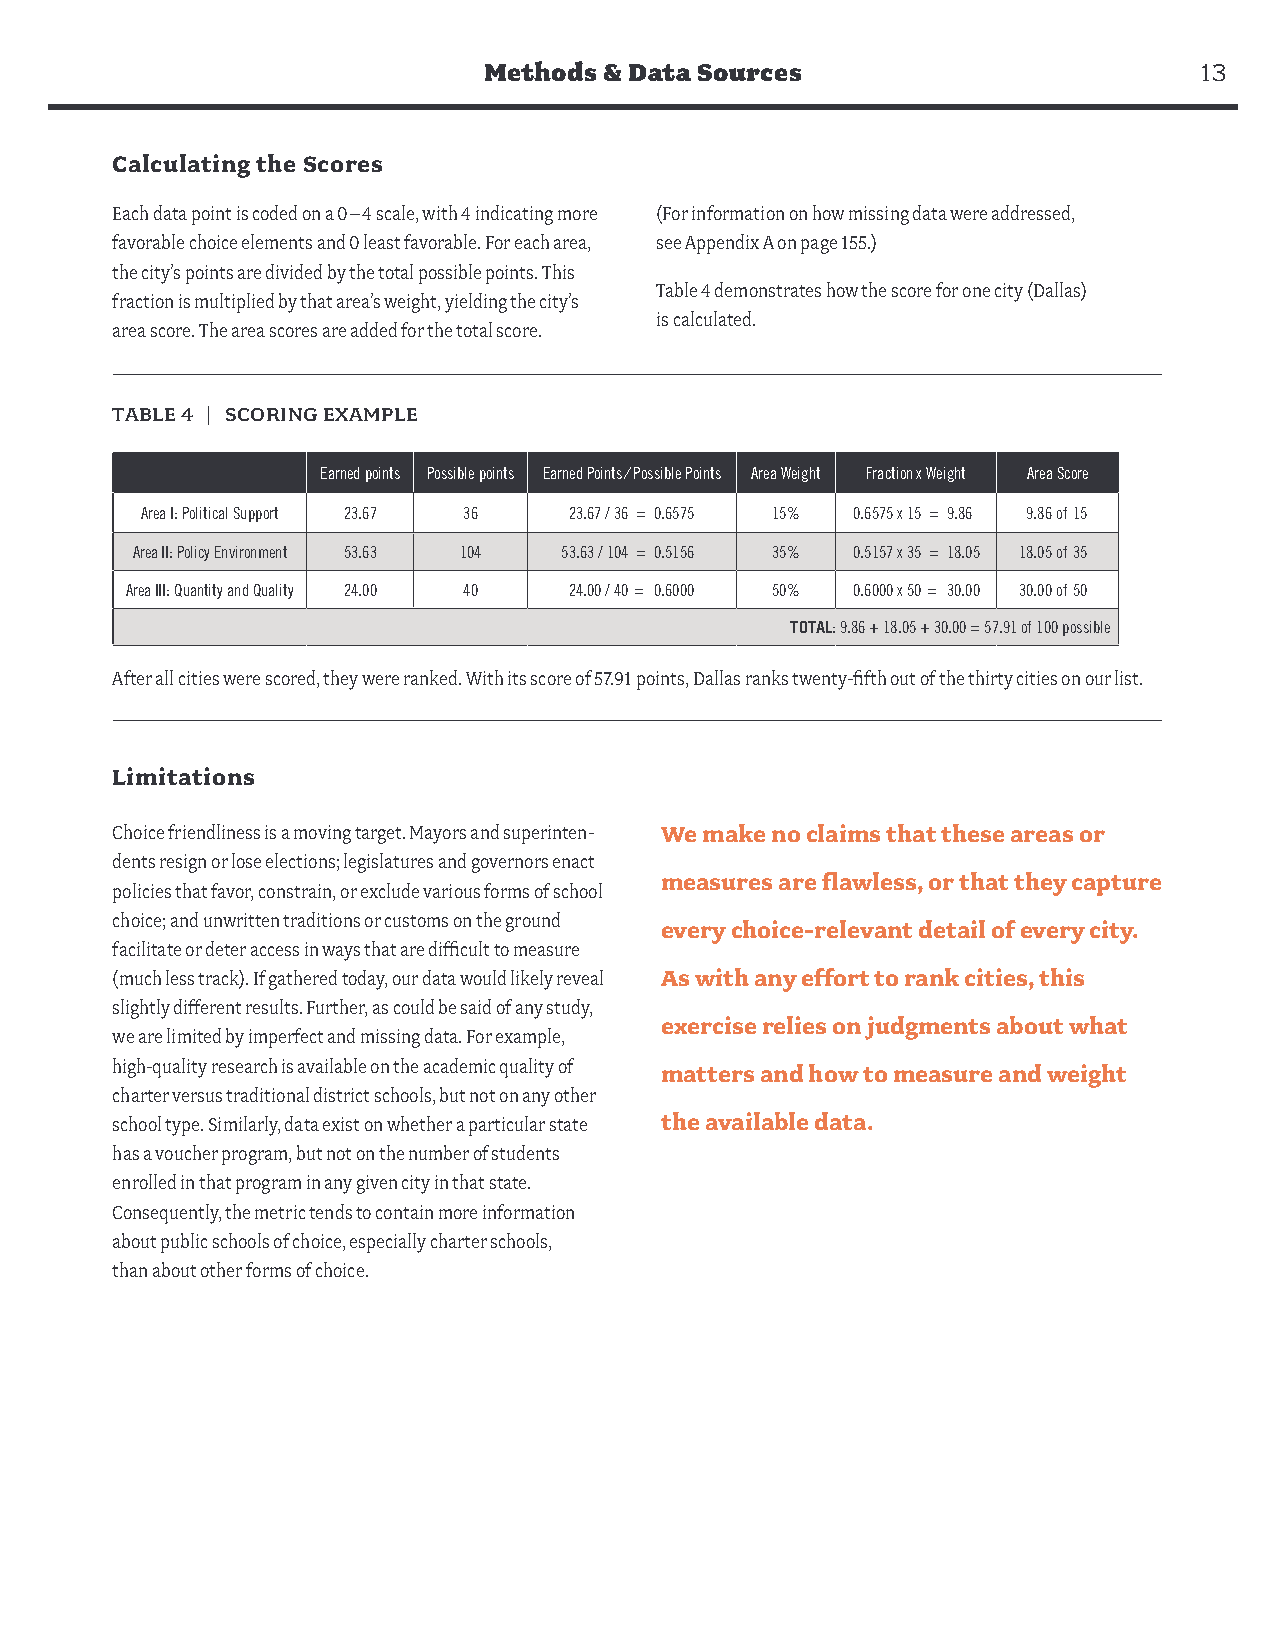
Methods & Data Sources                         13
 Calculating the Scores
 Each data point is coded on a 0–4 scale, with 4 indicating more (For information on how missing data were addressed,
 favorable choice elements and 0 least favorable. For each area, see Appendix A on page 155.)
 the city’s points are divided by the total possible points. This
 Table 4 demonstrates how the score for one city (Dallas)
 fraction is multiplied by that area’s weight, yielding the city’s
 is calculated.
 area score. The area scores are added for the total score.
 TABLE 4 | SCORING EXAMPLE
 Earned points Possible points Earned Points ⁄ Possible Points Area Weight Fraction x Weight Area Score
 Area I: Political Support 23.67 36 2233.6.677 / ⁄ 3366 == 00.6.6557755 15% 0.6575 x 15 = 9.86 9.86 of15
 Area II: Policy Environment 53.63 104 53.63 / 104 = 0.5156 35% 0.5157 x 35 = 18.05 18.05 of35
 Area III: Quantity and Quality 24.00 40 24.0204 / ⁄4 400 == 00..66000 50% 0.6000 x 50= 30.00 30.00 of50
 TOTAL: 9.86 + 18.05 + 30.00 = 57.91 of 100 possible
 After all cities were scored, they were ranked. With its score of 57.91 points, Dallas ranks twenty-fifth out of the thirty cities on our list.
 Limitations
 Choice friendliness is a moving target. Mayors and superinten- We make no claims that these areas or
 dents resign or lose elections; legislatures and governors enact
 measures are flawless, or that they capture
 policies that favor, constrain, or exclude various forms of school
 choice; and unwritten traditions or customs on the ground
 every choice-relevant detail of every city.
 facilitate or deter access in ways that are difficult to measure
 (much less track). If gathered today, our data would likely reveal As with any effort to rank cities, this
 slightly different results. Further, as could be said of any study,
 exercise relies on judgments about what
 we are limited by imperfect and missing data. For example,
 high-quality research is available on the academic quality of matters and how to measure and weight
 charter versus traditional district schools, but not on any other
 school type. Similarly, data exist on whether a particular state the available data.
 has a voucher program, but not on the number of students
 enrolled in that program in any given city in that state.
 Consequently, the metric tends to contain more information
 about public schools of choice, especially charter schools,
 than about other forms of choice.